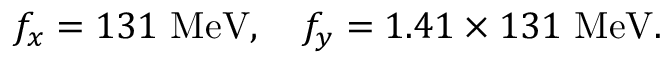
f _ { x } = 1 3 1 ~ \mathrm { M e V } , \ \ \ f _ { y } = 1 . 4 1 \times 1 3 1 ~ \mathrm { M e V } .